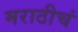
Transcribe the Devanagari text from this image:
मराठीचं